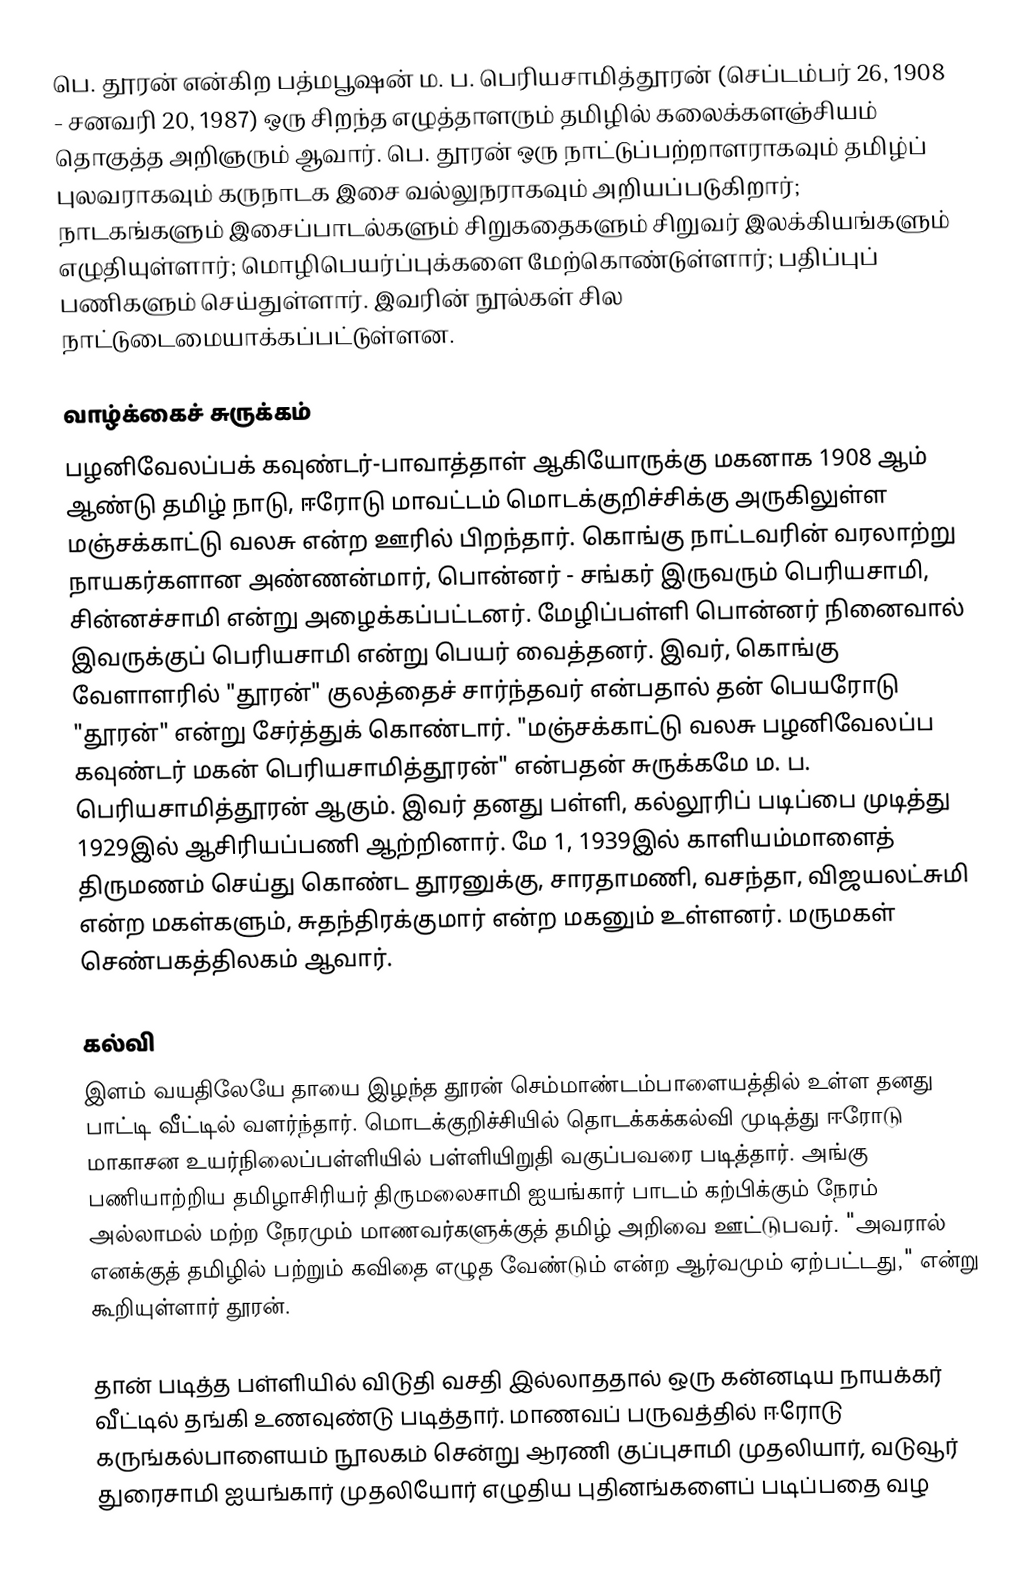
பெ. தூரன் என்கிற பத்மபூஷன் ம. ப. பெரியசாமித்தூரன் (செப்டம்பர் 26, 1908 - சனவரி 20, 1987) ஒரு சிறந்த எழுத்தாளரும் தமிழில் கலைக்களஞ்சியம் தொகுத்த அறிஞரும் ஆவார். பெ. தூரன் ஒரு நாட்டுப்பற்றாளராகவும் தமிழ்ப் புலவராகவும் கருநாடக இசை வல்லுநராகவும் அறியப்படுகிறார்; நாடகங்களும் இசைப்பாடல்களும் சிறுகதைகளும் சிறுவர் இலக்கியங்களும் எழுதியுள்ளார்; மொழிபெயர்ப்புக்களை மேற்கொண்டுள்ளார்; பதிப்புப் பணிகளும் செய்துள்ளார். இவரின் நூல்கள் சில நாட்டுடைமையாக்கப்பட்டுள்ளன.

வாழ்க்கைச் சுருக்கம்
பழனிவேலப்பக் கவுண்டர்-பாவாத்தாள் ஆகியோருக்கு மகனாக 1908 ஆம் ஆண்டு தமிழ் நாடு, ஈரோடு மாவட்டம் மொடக்குறிச்சிக்கு அருகிலுள்ள மஞ்சக்காட்டு வலசு என்ற ஊரில் பிறந்தார். கொங்கு நாட்டவரின் வரலாற்று நாயகர்களான அண்ணன்மார், பொன்னர் - சங்கர் இருவரும் பெரியசாமி, சின்னச்சாமி என்று அழைக்கப்பட்டனர். மேழிப்பள்ளி பொன்னர் நினைவால் இவருக்குப் பெரியசாமி என்று பெயர் வைத்தனர்.  இவர், கொங்கு வேளாளரில் "தூரன்" குலத்தைச் சார்ந்தவர் என்பதால் தன் பெயரோடு "தூரன்" என்று சேர்த்துக் கொண்டார். "மஞ்சக்காட்டு வலசு பழனிவேலப்ப கவுண்டர் மகன் பெரியசாமித்தூரன்" என்பதன் சுருக்கமே ம. ப. பெரியசாமித்தூரன் ஆகும். இவர் தனது பள்ளி, கல்லூரிப் படிப்பை முடித்து 1929இல் ஆசிரியப்பணி ஆற்றினார். மே 1, 1939இல் காளியம்மாளைத் திருமணம் செய்து கொண்ட தூரனுக்கு, சாரதாமணி, வசந்தா, விஜயலட்சுமி என்ற மகள்களும், சுதந்திரக்குமார் என்ற மகனும் உள்ளனர். மருமகள் செண்பகத்திலகம் ஆவார்.

கல்வி
இளம் வயதிலேயே தாயை இழந்த தூரன் செம்மாண்டம்பாளையத்தில் உள்ள தனது பாட்டி வீட்டில் வளர்ந்தார். மொடக்குறிச்சியில் தொடக்கக்கல்வி முடித்து ஈரோடு மாகாசன உயர்நிலைப்பள்ளியில் பள்ளியிறுதி வகுப்பவரை படித்தார். அங்கு பணியாற்றிய  தமிழாசிரியர் திருமலைசாமி ஐயங்கார் பாடம் கற்பிக்கும் நேரம் அல்லாமல் மற்ற நேரமும் மாணவர்களுக்குத் தமிழ் அறிவை ஊட்டுபவர். "அவரால் எனக்குத் தமிழில் பற்றும் கவிதை எழுத வேண்டும் என்ற ஆர்வமும் ஏற்பட்டது," என்று கூறியுள்ளார் தூரன்.

தான் படித்த பள்ளியில் விடுதி வசதி இல்லாததால் ஒரு கன்னடிய நாயக்கர் வீட்டில் தங்கி உணவுண்டு படித்தார். மாணவப் பருவத்தில் ஈரோடு கருங்கல்பாளையம் நூலகம் சென்று ஆரணி குப்புசாமி முதலியார், வடுவூர் துரைசாமி ஐயங்கார் முதலியோர் எழுதிய புதினங்களைப் படிப்பதை வழ